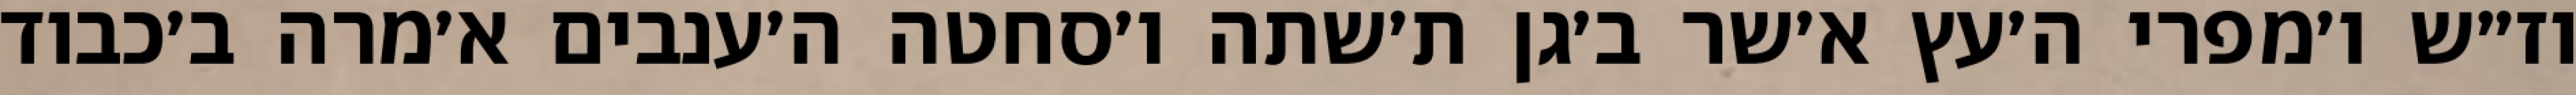
וז״ש ו׳מפרי ה׳עץ א׳שר ב׳גן ת׳שתה ו׳סחטה ה׳ענבים א׳מרה ב׳כבוד